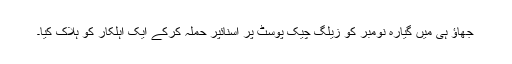
جھاؤ ہی میں گیارہ نومبر کو زیلگ چیک پوسٹ پر اسنائپر حملہ کرکے ایک اہلکار کو ہلاک کیا۔